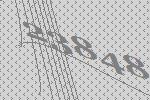
23848